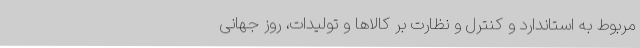
مربوط به استاندارد و کنترل و نظارت بر کالاها و تولیدات، روز جهانی